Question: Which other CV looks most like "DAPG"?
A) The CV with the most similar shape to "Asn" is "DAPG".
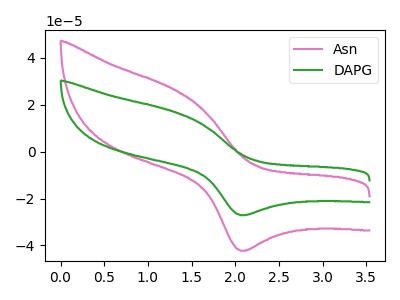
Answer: <think>The pink curve "Asn" has an anodic peak at (1.30V, 26.40uA) and a cathodic peak at (2.05V, -42.30uA). The green curve "DAPG" has an anodic peak at (1.30V, 16.95uA) and a cathodic peak at (2.05V, -27.15uA).
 All the peaks in "Asn" have a peak in "DAPG" at the same potential. Every peak in "Asn" is higher than every peak in "DAPG".</think>
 <answer>A) The CV with the most similar shape to "Asn" is "DAPG".</answer>
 <eval>A</eval>